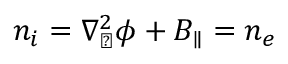
n _ { i } = \nabla _ { \perp } ^ { 2 } \phi + B _ { \parallel } = n _ { e }